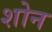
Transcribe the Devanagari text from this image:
शोन